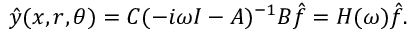
\hat { y } ( x , r , \theta ) = C ( - i \omega I - A ) ^ { - 1 } B \hat { f } = H ( \omega ) \hat { f } .